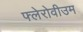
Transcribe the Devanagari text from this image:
फ्लेरोवीउम